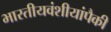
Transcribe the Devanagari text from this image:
भारतीयवंशीयांपैकी